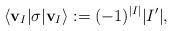
LaTeX: \begin{align*}\langle \mathbf{v}_I\vert \sigma\vert \mathbf{v}_I\rangle:=(-1)^{|I|}|I'|,\end{align*}